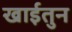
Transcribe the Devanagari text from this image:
खाईतुन